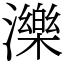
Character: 濼